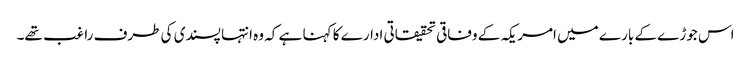
اس جوڑے کے بارے میں امریکہ کے وفاقی تحقیقاتی ادارے کا کہنا ہے کہ وہ انتہا پسندی کی طرف راغب تھے۔